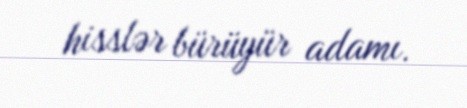
hisslər bürüyür adamı.